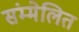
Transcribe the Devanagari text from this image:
संम्मेलित